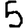
Digit: 5